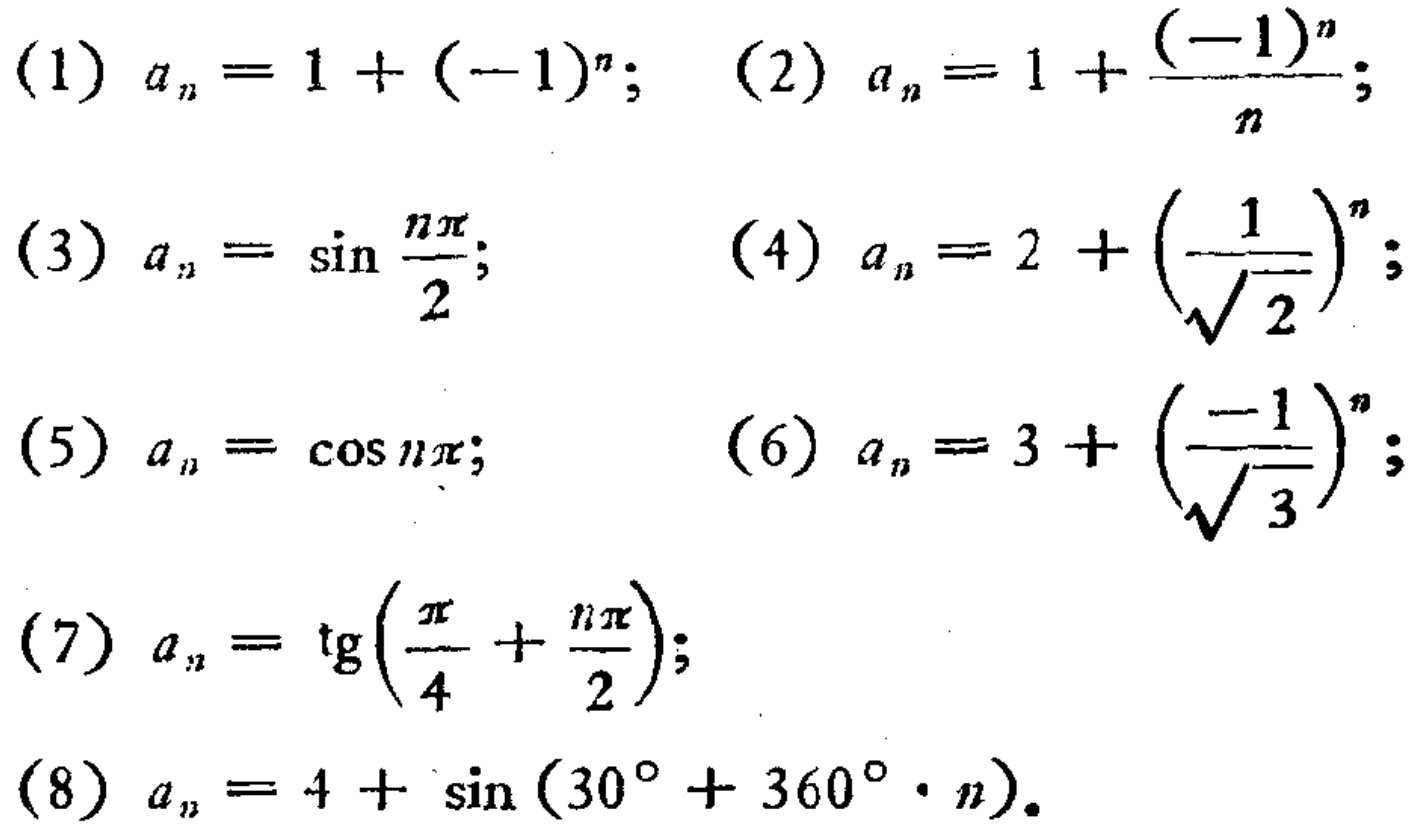
(1) \(a_{n}=1+(-1)^{n}\); (2) \(a_{n}=1+\frac{(-1)^{n}}{n}\);

(3) \(a_{n}=\sin\frac{n\pi}{2}\); (4) \(a_{n}=2 + (\frac{1}{\sqrt{2}})^{n}\);

(5) \(a_{n}=\cos n\pi\); (6) \(a_{n}=3 + (\frac{-1}{\sqrt{3}})^{n}\);

(7) \(a_{n}=\text{tg}(\frac{\pi}{4}+\frac{n\pi}{2})\);

(8) \(a_{n}=4+\sin(30^{\circ}+360^{\circ}\cdot n)\).